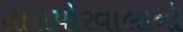
તારાપોરવાલાનો